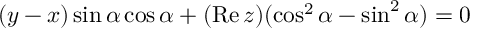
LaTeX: ( y - x ) \sin \alpha \cos \alpha + ( \mathrm { R e } \, z ) ( \cos ^ { 2 } \alpha - \sin ^ { 2 } \alpha ) = 0